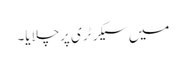
میں سیکرٹری پرچلایا۔